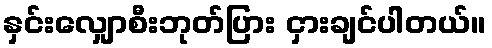
နှင်းလျှောစီးဘုတ်ပြား ငှားချင်ပါတယ်။